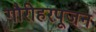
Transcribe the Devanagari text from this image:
गौरीहरपूजन